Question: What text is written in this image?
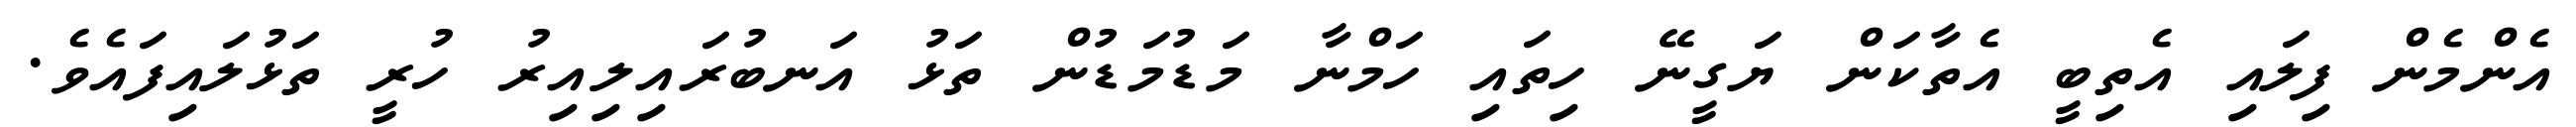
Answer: އެންމެން ފިލައި އެތިބީ އެތާކަން ޔަގީނޭ ހިތައި ހަމްނާ މަޑުމަޑުން ތަޅު އަނބުރައިލިއިރު ހުރީ ތަޅުލައިފައެވެ.